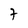
Character: 7